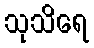
သုသိရေ